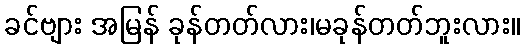
ခင်ဗျား အမြန် ခုန်တတ်လား၊မခုန်တတ်ဘူးလား။